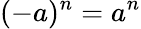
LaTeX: (-a)^{n}=a^{n}